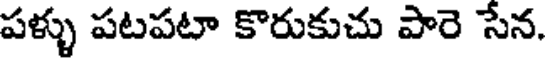
పళ్ళు పటపటా కొరుకుచు పారె సేన.